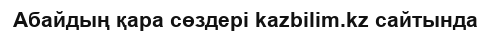
Абайдың қара сөздері kazbilim.kz сайтында